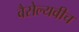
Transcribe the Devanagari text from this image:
वैसेल्यवीच